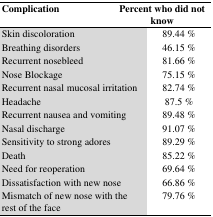
<table><thead><tr><td><b>Complication</b></td><td><b>Percent who did not know</b></td></tr></thead><tbody><tr><td>Skin discoloration</td><td>89.44 %</td></tr><tr><td>Breathing disorders</td><td>46.15 %</td></tr><tr><td>Recurrent nosebleed</td><td>81.66 %</td></tr><tr><td>Nose Blockage</td><td>75.15 %</td></tr><tr><td>Recurrent nasal mucosal irritation</td><td>82.74 %</td></tr><tr><td>Headache</td><td>87.5 %</td></tr><tr><td>Recurrent nausea and vomiting</td><td>89.48 %</td></tr><tr><td>Nasal discharge</td><td>91.07 %</td></tr><tr><td>Sensitivity to strong adores</td><td>89.29 %</td></tr><tr><td>Death</td><td>85.22 %</td></tr><tr><td>Need for reoperation</td><td>69.64 %</td></tr><tr><td>Dissatisfaction with new nose</td><td>66.86 %</td></tr><tr><td>Mismatch of new nose with the rest of the face</td><td>79.76 %</td></tr></tbody></table>